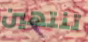
تنتهين